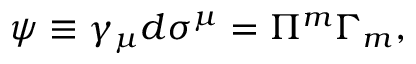
\psi \equiv \gamma _ { \mu } d \sigma ^ { \mu } = \Pi ^ { m } \Gamma _ { m } ,